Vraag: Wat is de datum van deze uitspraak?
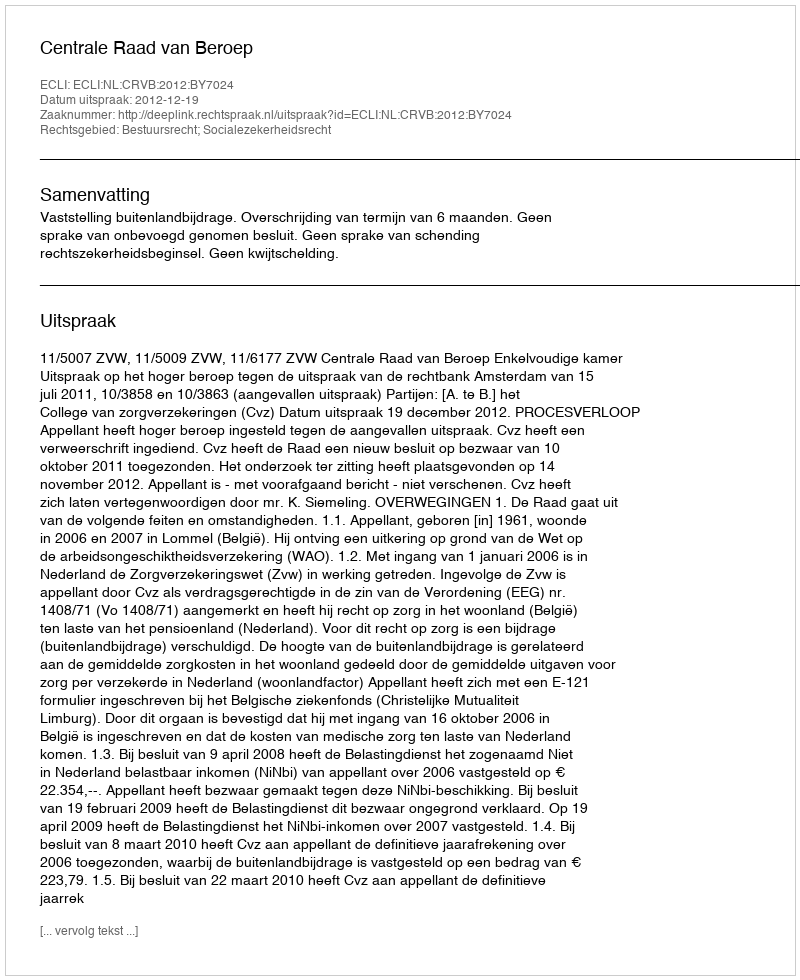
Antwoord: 2012-12-19